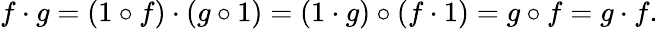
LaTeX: f\cdot g=(1\circ f)\cdot(g\circ 1)=(1\cdot g)\circ(f\cdot 1)=g\circ f=g\cdot f.